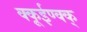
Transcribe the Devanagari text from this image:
क्कूईण्क्क्